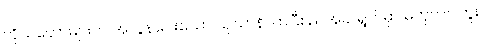
ကိုယ်တော်များက အလွန်ဝေးသော သုသာန်လာပြီး ညအခါ ရွတ်မှာ မဟုတ်ပါဘူး၊